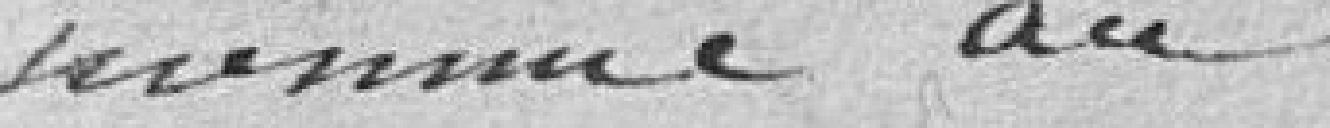
nommé au